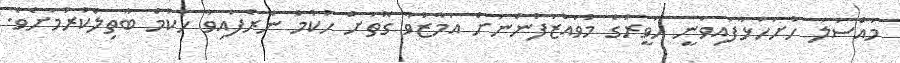
މައްސަލަ ހުށަހަޅާފައިވަނީ ހަވީރުގެ މުވައްޒަފުންނަށް އަމާޒުވާ ގޮތަށް ހުކުމް ނެރެފައިވާ ހުކުމް ބާތިލްކުރުމަށެވެ.